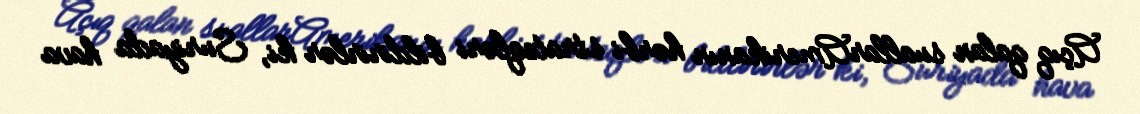
Açıq qalan suallarAmerikanın hərbi strateqləri bildirirlər ki, Suriyada hava